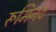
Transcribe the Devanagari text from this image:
रूमिनंट